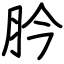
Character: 肣